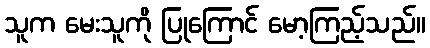
သူက မေးသူကို ပြုကြောင် မော့ကြည့်သည်။